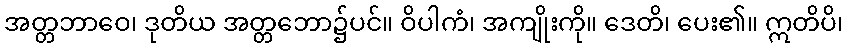
အတ္တဘာဝေ၊ ဒုတိယ အတ္တဘော၌ပင်။ ဝိပါကံ၊ အကျိုးကို။ ဒေတိ၊ ပေး၏။ ဣတိပိ၊